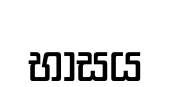
භාසය